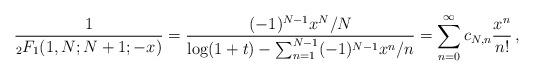
LaTeX: \begin{align*} \frac{1}{{}_2 F_1(1,N;N+1;-x)}=\frac{(-1)^{N-1}x^N/N}{\log(1+t)-\sum_{n=1}^{N-1}(-1)^{N-1}x^n/n}=\sum_{n=0}^\infty c_{N,n}\frac{x^n}{n!}\,,\end{align*}